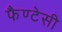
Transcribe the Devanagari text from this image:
फैण्टेसी